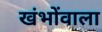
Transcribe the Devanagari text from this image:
खंभोंवाला